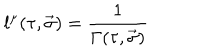
LaTeX: l ^ { \mu } ( \tau , \vec { \sigma } ) = { \frac { 1 } { \Gamma ( \tau , \vec { \sigma } ) } }